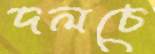
দলচে